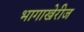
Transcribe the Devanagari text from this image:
भागाखेरीज